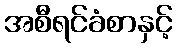
အစီရင်ခံစာနှင့်